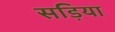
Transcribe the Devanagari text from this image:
सड़िया